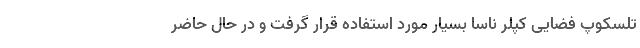
تلسکوپ فضایی کپلر ناسا بسیار مورد استفاده قرار گرفت و در حال حاضر